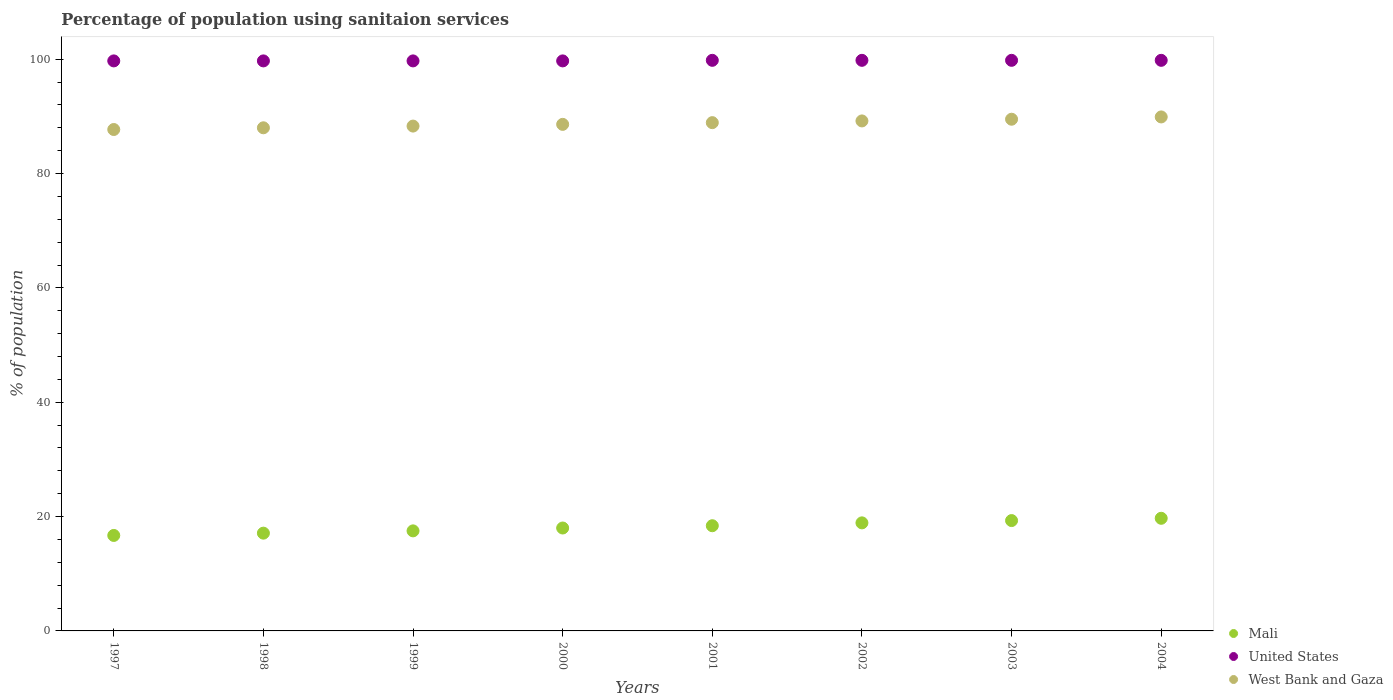
| Years | Mali | United States | West Bank and Gaza |
 | --- | --- | --- | --- |
 | 1997 | 16.7 | 99.7 | 87.7 |
 | 1998 | 17.1 | 99.7 | 88 |
 | 1999 | 17.5 | 99.7 | 88.3 |
 | 2000 | 18 | 99.7 | 88.6 |
 | 2001 | 18.4 | 99.8 | 88.9 |
 | 2002 | 18.9 | 99.8 | 89.2 |
 | 2003 | 19.3 | 99.8 | 89.5 |
 | 2004 | 19.7 | 99.8 | 89.9 |